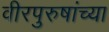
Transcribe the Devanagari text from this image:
वीरपुरुषांच्या